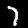
Digit: 7